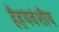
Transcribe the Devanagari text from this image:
हैहयवंशीय